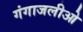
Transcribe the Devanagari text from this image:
गंगाजलीओ